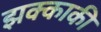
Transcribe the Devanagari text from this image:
झक्काकी